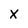
Character: X